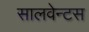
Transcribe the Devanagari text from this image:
सालवेन्टस